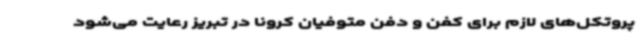
پروتکل‌های لازم برای کفن و دفن متوفیان کرونا در تبریز رعایت می‌شود